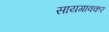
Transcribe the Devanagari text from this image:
सायगावकर